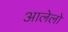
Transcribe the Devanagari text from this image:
आलेलो